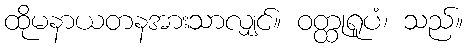
ထိုမနာယတနအားသာလျှင်။ ဝတ္ထုရူပံ၊ သည်။